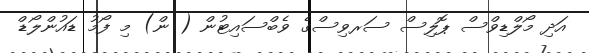
އަދި މޯލްޑިވްސް ޕޮލިސް ސަރވިސްގެ ވެބްސައިޓުން ( ން) މި ފޯމު ޑައުންލޯޑް